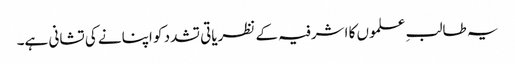
یہ طالبِ علموں کا اشرفیہ کے نظریاتی تشدد کو اپنانے کی تشانی ہے۔